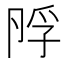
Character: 𡥭